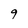
Character: 9